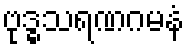
ဗုဒ္ဓသရဏဂမနံ